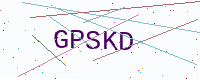
Text: GPSKD